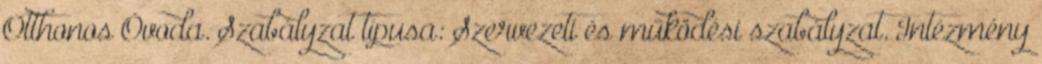
Otthonos Óvoda. Szabályzat típusa: Szervezeti és működési szabályzat. Intézmény